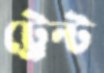
ট্রেন্ট